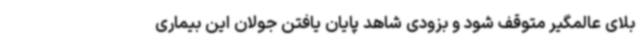
بلای عالمگیر متوقف شود و بزودی شاهد پایان یافتن جولان این بیماری